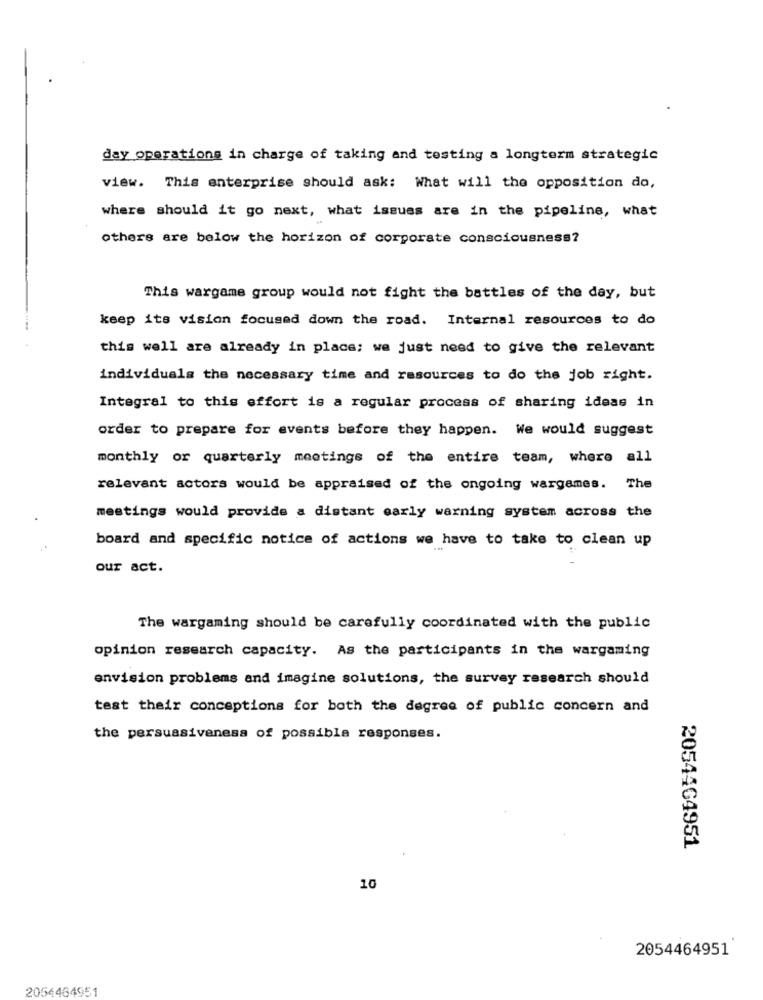
day operations in charge of taking and testing a longterm strategic
view. This enterprise should ask: What will the opposition do,
where should it go next, what issues are in the pipeline, what
others are below the horizon of corporate consciousness?
This wargame group would not fight the battles of the day, but
keep its vision focused down the road. Internal resources to do
this well are already in place; we just need to give the relevant
individuals the necessary time and resources to do the job right.
Integral to this effort is a regular process of sharing ideas in
order to prepare for events before they happen. We would suggest
monthly or quarterly meetings of the entire team, where all
relevant actors would be appraised of the ongoing wargames. The
meetings would provide a distant early warning system across the
board and specific notice of actions we have to take to clean up
our act.
The wargaming should be carefully coordinated with the public
opinion research capacity. As the participants in the wargaming
envision problems and imagine solutions, the survey research should
test their conceptions for both the degree of public concern and
the persuasiveness of possible responses.
2054464951
10
2054464951
2054484951